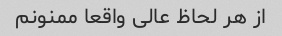
از هر لحاظ عالی واقعا ممنونم